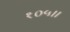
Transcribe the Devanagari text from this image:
१०५।।